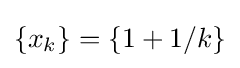
\{x_{k}\}=\{1+1/k\}